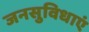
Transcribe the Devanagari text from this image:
जनसुविधाएं